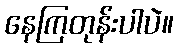
နေကြတုန်းပါပဲ။